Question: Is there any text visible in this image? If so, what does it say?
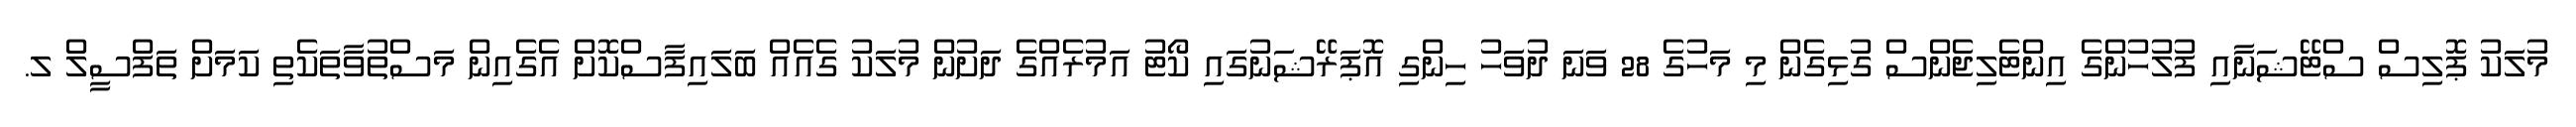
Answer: މުލަކު ޕޮލިސް ސްޓޭޝަނާއި ފުލުހުންގެ އިންޓެލިޖެންސް ގުޅިގެން މި މަހުގެ 28 ވަނަ ދުވަހު ހިންގި އޮޕަރޭޝަނުގައި ކޯޓު އަމުރެއްގެ ދަށުން މުލަކު ގެއެއް ބަލައިފާސްކޮށް އެގެއިން މަސްތުވާތަކެތި ކަމަށް ތަފްސީލް ލ.